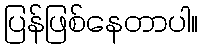
ပြန်ဖြစ်နေတာပါ။